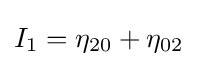
I_{1}=\eta _{20}+\eta _{02}